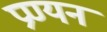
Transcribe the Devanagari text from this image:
प्रण्यन